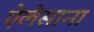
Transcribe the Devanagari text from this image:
ऐलेसाना